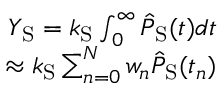
\begin{array} { r } { Y _ { \mathrm { S } } = k _ { \mathrm { S } } \int _ { 0 } ^ { \infty } \hat { P } _ { \mathrm { S } } ( t ) d t } \\ { \approx k _ { \mathrm { S } } \sum _ { n = 0 } ^ { N } { w } _ { n } \hat { P } _ { \mathrm { S } } ( t _ { n } ) } \end{array}